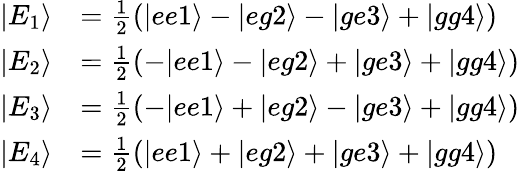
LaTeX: \begin{array}{rl}{|E_{1}\rangle}&{=\frac{1}{2}(|ee1\rangle-|eg2\rangle-|ge3\rangle+|gg4\rangle)}\\ {|E_{2}\rangle}&{=\frac{1}{2}(-|ee1\rangle-|eg2\rangle+|ge3\rangle+|gg4\rangle)}\\ {|E_{3}\rangle}&{=\frac{1}{2}(-|ee1\rangle+|eg2\rangle-|ge3\rangle+|gg4\rangle)}\\ {|E_{4}\rangle}&{=\frac{1}{2}(|ee1\rangle+|eg2\rangle+|ge3\rangle+|gg4\rangle)}\end{array}